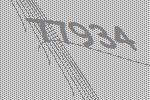
77934